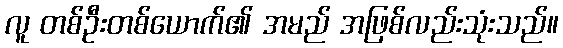
လူ တစ်ဦးတစ်ယောက်၏ အမည် အဖြစ်လည်းသုံးသည်။